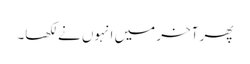
پھر آخر میں انہوں نے لکھا۔